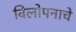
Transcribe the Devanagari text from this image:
विलोपनाचे